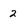
Character: 2